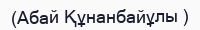
(Абай Құнанбайұлы )